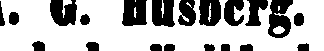
A. G. Husberg.